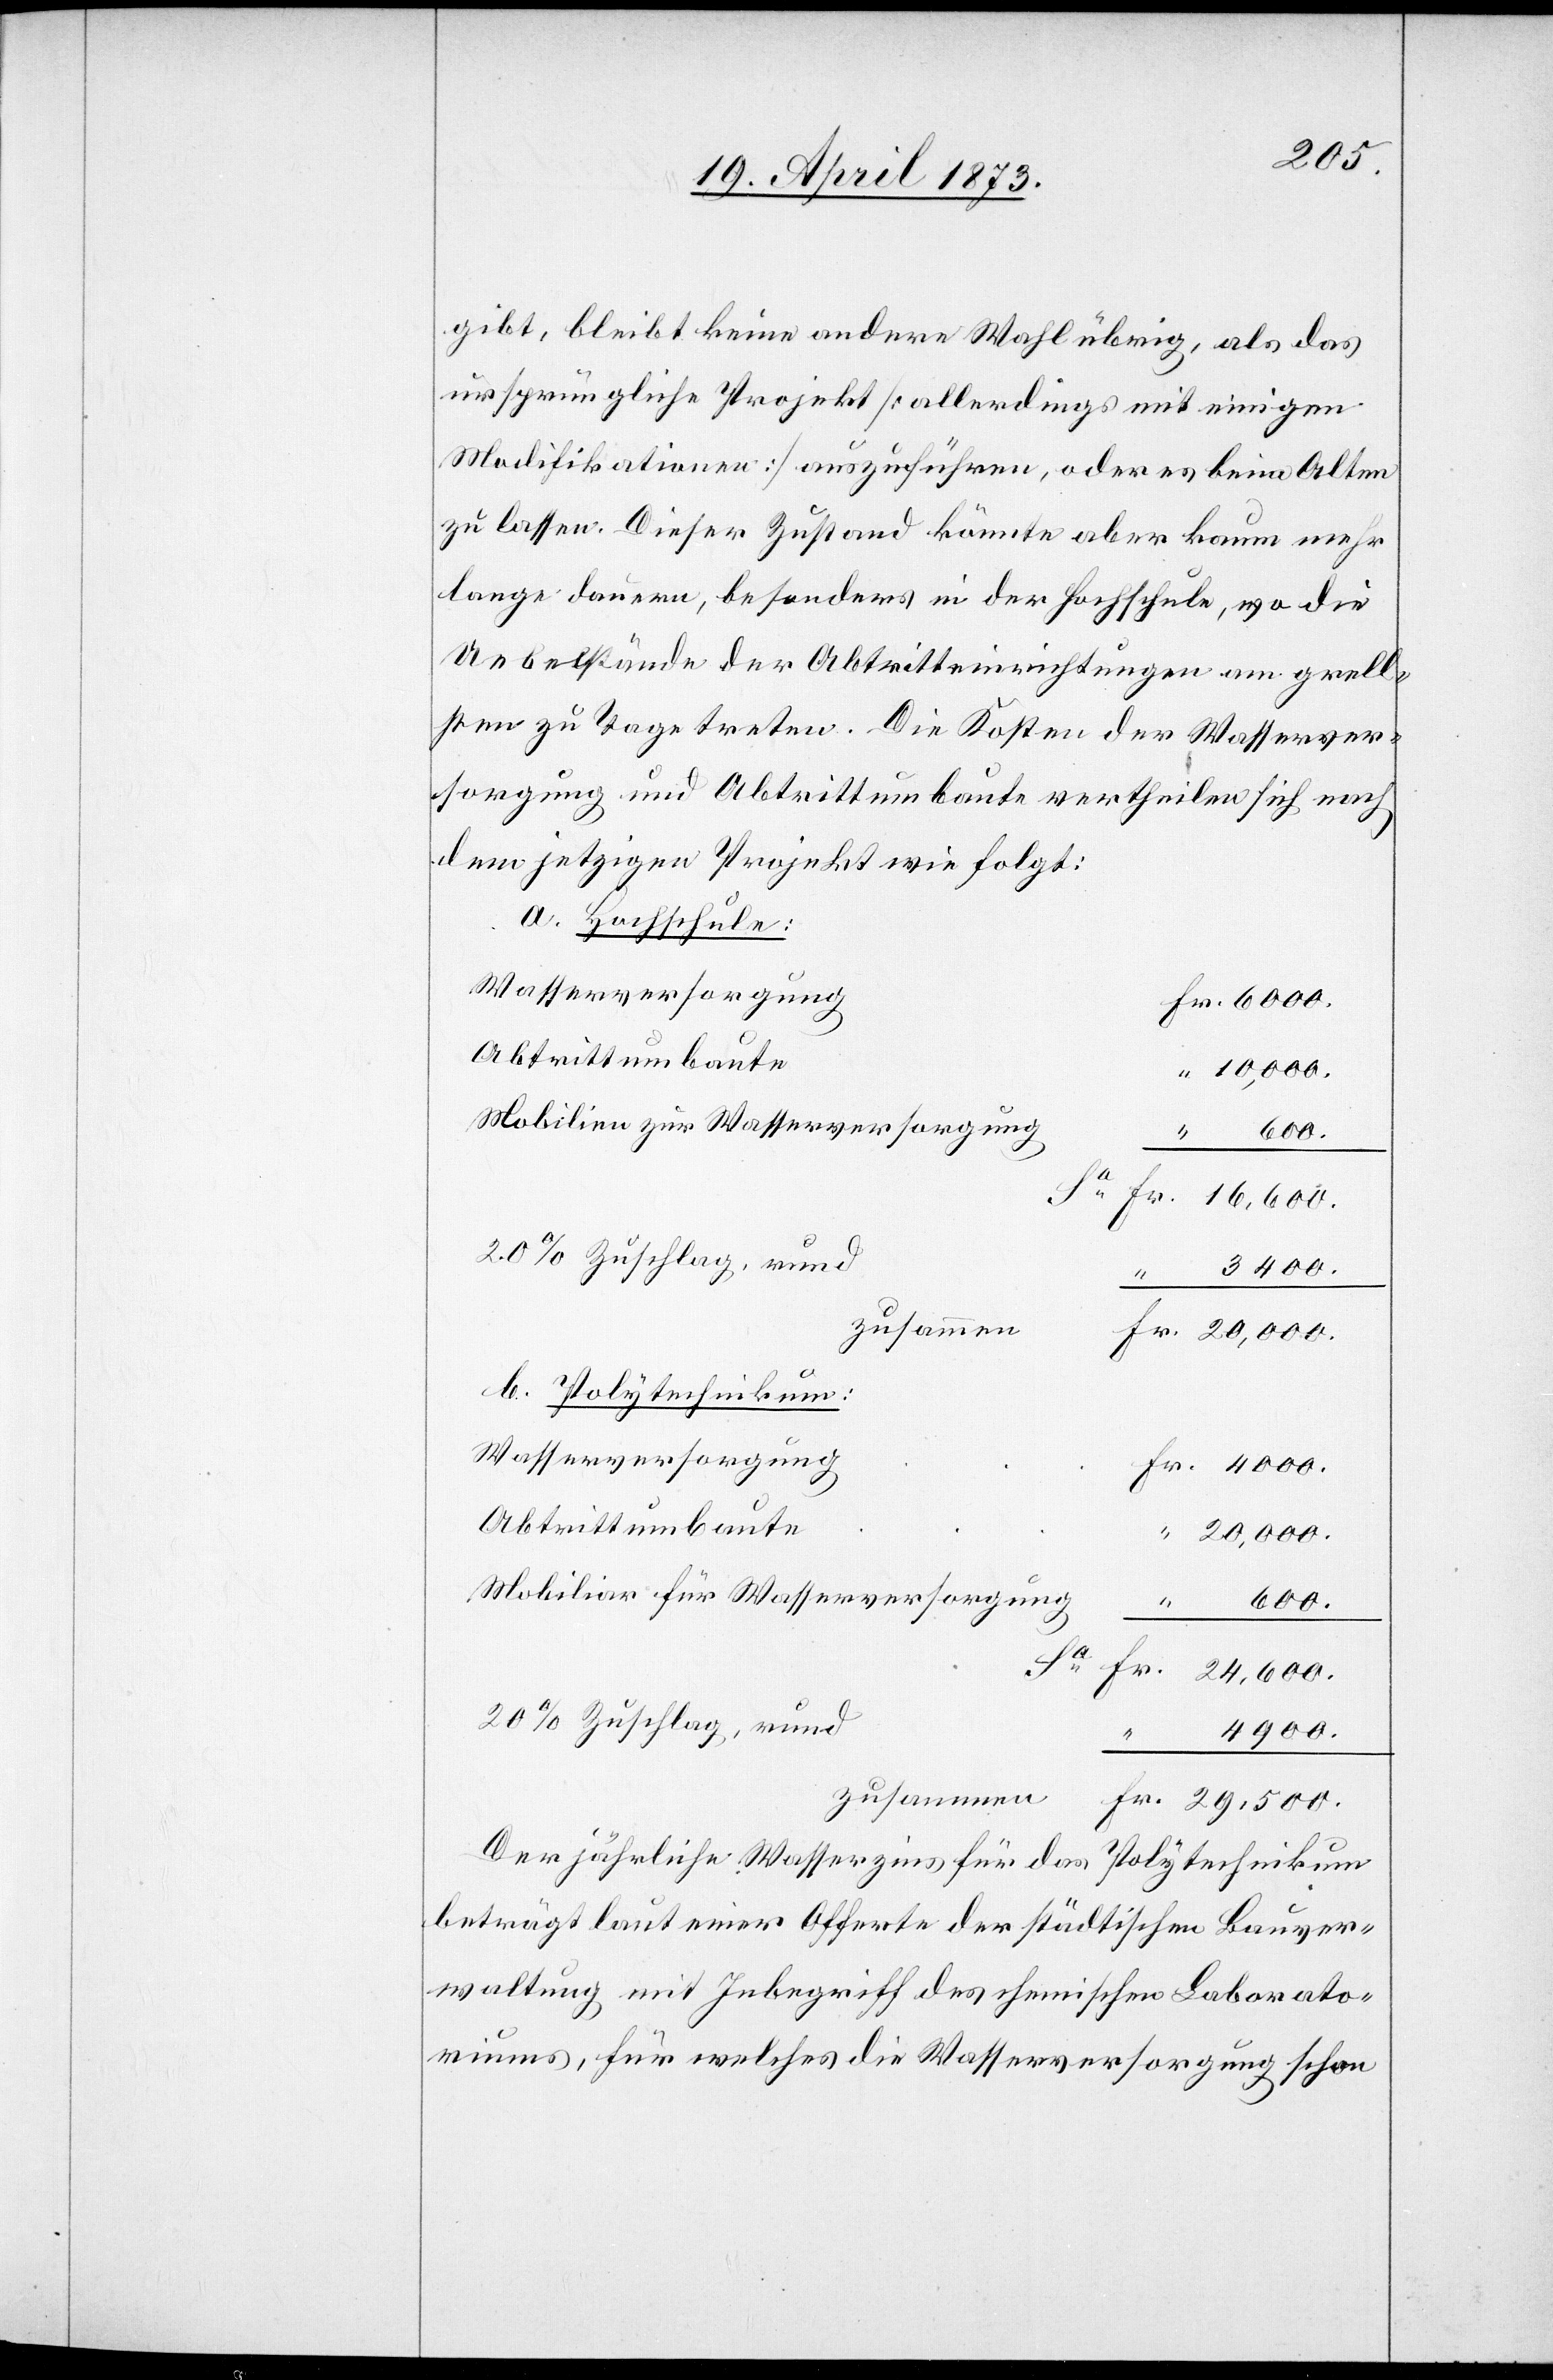
29,500
gibt, bleibt keine andere Wahl übrig, als das
ursprüngliche Projekt [allerdings mit einigen
Modifikationen] auszuführen, oder es beim Alten
zu lassen. Dieser Zustand könnte aber kaum mehr
lange dauern, besonders in der Hochschule, wo die
Uebelstände der Abtritteinrichtungen am grell¬
sten zu Tage treten. Die Kosten der Wasserver¬
sorgung und Abtrittumbaute vertheilen sich nach
dem jetzigen Projekt wie folgt:
a. Hochschule:
Wasserversorgung
Abtrittumbaute
10,000.
Mobilien zur Wasserversorgung
zusammen
b. Polytechnikum:
Mobiliar für Wasserversorgung
600.
Sa
Fr.
Fr.
24,600.
20% Zuschlag, rund
4900.
Der jährliche Wasserzins für das Polytechnikum
beträgt laut einer Offerte der städtischen Bauver¬
waltung mit Inbegriff des chemischen Laborato¬
riums, für welches die Wasserversorgung schon